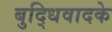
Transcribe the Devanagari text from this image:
बुद्धिवादके